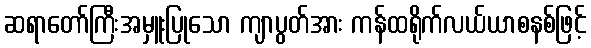
ဆရာတော်ကြီးအမှူးပြုသော ကျာပွတ်အား ကန်ထရိုက်လယ်ယာစနစ်ဖြင့်